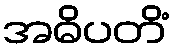
အဓိပတိံ